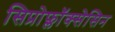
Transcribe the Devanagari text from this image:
सिप्रोफ्लॉक्सेसिन